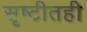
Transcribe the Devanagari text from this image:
सृष्टीतही